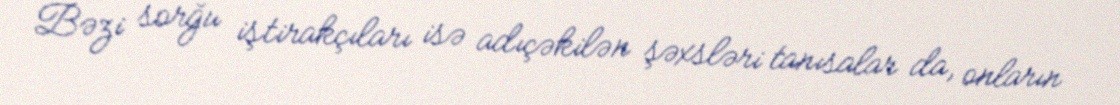
Bəzi sorğu iştirakçıları isə adıçəkilən şəxsləri tanısalar da, onların